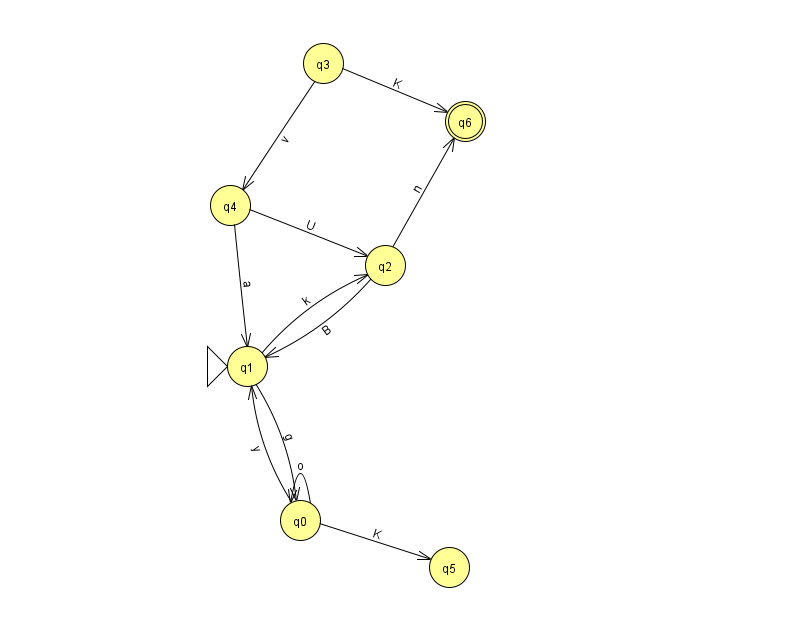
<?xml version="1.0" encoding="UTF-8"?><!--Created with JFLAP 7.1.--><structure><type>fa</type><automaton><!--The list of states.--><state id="0" name="q0"><x>300.0</x><y>507.0</y></state><state id="1" name="q1"><x>247.0</x><y>353.0</y><initial/></state><state id="2" name="q2"><x>385.0</x><y>252.0</y></state><state id="3" name="q3"><x>323.0</x><y>50.0</y></state><state id="4" name="q4"><x>230.0</x><y>192.0</y></state><state id="5" name="q5"><x>449.0</x><y>554.0</y></state><state id="6" name="q6"><x>465.0</x><y>108.0</y><final/></state><!--The list of transitions.--><transition><from>1</from><to>0</to><read>g</read></transition><transition><from>1</from><to>2</to><read>k</read></transition><transition><from>4</from><to>2</to><read>U</read></transition><transition><from>3</from><to>4</to><read>v</read></transition><transition><from>4</from><to>1</to><read>a</read></transition><transition><from>2</from><to>1</to><read>B</read></transition><transition><from>3</from><to>6</to><read>K</read></transition><transition><from>2</from><to>6</to><read>n</read></transition><transition><from>0</from><to>5</to><read>K</read></transition><transition><from>0</from><to>1</to><read>y</read></transition><transition><from>0</from><to>0</to><read>o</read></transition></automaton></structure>